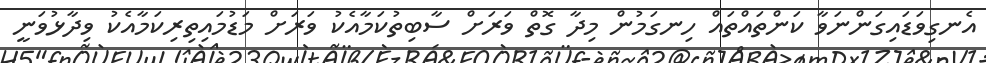
އެނގިވަޑައިގަންނަވާ ކަންތައްތައް ހިނގަމުން މިދާ ގޮތް ވަރަށް ސާބިތުކަމާއެކު ވަރަށް މަޑުމައިތިރިކަމާއެކު ވިދާޅުވަނީ